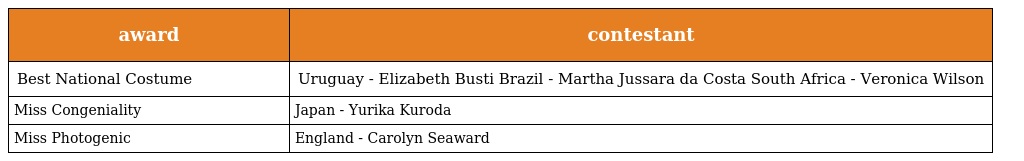
| award | contestant |
 | --- | --- |
 | Best National Costume | Uruguay - Elizabeth Busti Brazil - Martha Jussara da Costa South Africa - Veronica Wilson |
 | Miss Congeniality | Japan - Yurika Kuroda |
 | Miss Photogenic | England - Carolyn Seaward |